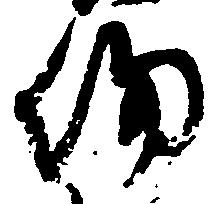
約